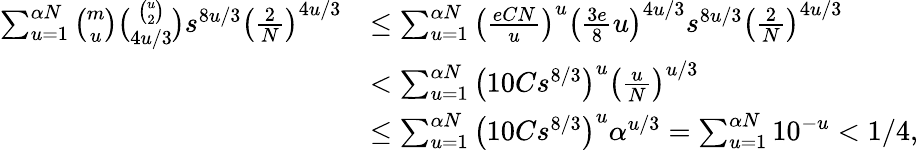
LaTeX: \begin{array}{rl}{\sum_{u=1}^{\alpha N}\binom{m}{u}\binom{\binom{u}{2}}{4u/3}s^{8u/3}\left(\frac{2}{N}\right)^{4u/3}}&{\le\sum_{u=1}^{\alpha N}\left(\frac{eCN}{u}\right)^{u}\left(\frac{3e}{8}u\right)^{4u/3}s^{8u/3}\left(\frac{2}{N}\right)^{4u/3}}\\ &{<\sum_{u=1}^{\alpha N}\left(10Cs^{8/3}\right)^{u}\left(\frac{u}{N}\right)^{u/3}}\\ &{\le\sum_{u=1}^{\alpha N}\left(10Cs^{8/3}\right)^{u}\alpha^{u/3}=\sum_{u=1}^{\alpha N}10^{-u}<1/4,}\end{array}